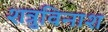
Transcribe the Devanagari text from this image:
शत्रुविनाश